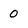
Character: 0